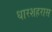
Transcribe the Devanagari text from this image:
धारशहरास